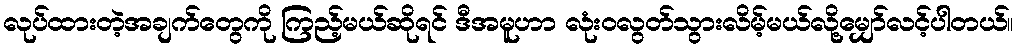
လုပ်ထားတဲ့အချက်တွေကို ကြည့်မယ်ဆိုရင် ဒီအမူဟာ လုံးဝလွတ်သွားလိမ့်မယ်လို့မျှော်လင့်ပါတယ်။